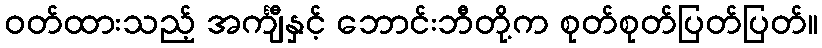
ဝတ်ထားသည့် အင်္ကျီနှင့် ဘောင်းဘီတို့က စုတ်စုတ်ပြတ်ပြတ်။